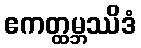
ဧကတ္ထမ္ဘဿိဒံ